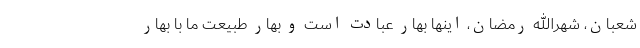
شعبان، شهرالله رمضان، اینها بهار عبادت است و بهار طبیعت ما با بهار